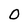
Character: O